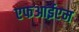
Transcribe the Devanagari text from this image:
एफआईएम